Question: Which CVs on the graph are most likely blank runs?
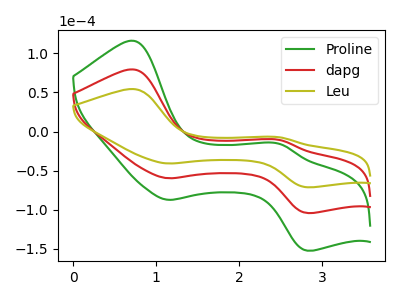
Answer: <think>The green curve "Proline" has anodic peaks at (0.75V, 158.70uA) (2.50V, -21.75uA) and cathodic peaks at (1.15V, -119.45uA) (2.80V, -208.40uA). The red curve "dapg" has anodic peaks at (0.75V, 79.35uA) (2.50V, -10.85uA) and cathodic peaks at (1.15V, -59.70uA) (2.80V, -104.20uA). The olive curve "Leu" has anodic peaks at (0.75V, 54.30uA) (2.50V, -7.45uA) and cathodic peaks at (1.15V, -40.85uA) (2.80V, -71.30uA).</think>
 <answer>There are not any CV's on this graph that are likely to be blanks.</answer>
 <eval>none</eval>